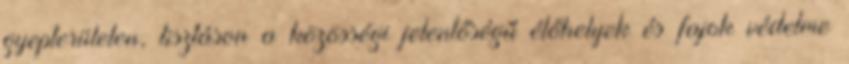
gyepterületen, tisztáson a közösségi jelentőségű élőhelyek és fajok védelme